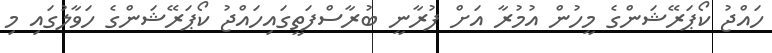
ހައްޖު ކޯޕަރޭޝަންގެ މީހުން އުމުރާ އަށް ފުރާނީ ބުރާސްފަތީގައިހައްޖު ކޯޕަރޭޝަންގެ ހަވާލުގައި މި